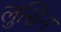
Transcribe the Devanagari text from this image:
लुसिन